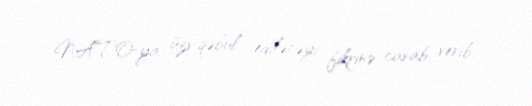
NATO-ya üzv qəbul ediləcəyi fikrinə cavab verib.